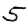
Digit: 5